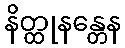
နိတ္ထုနန္တေန